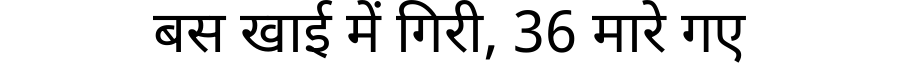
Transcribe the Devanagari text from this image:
बस खाई में गिरी, 36 मारे गए